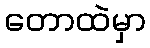
တောထဲမှာ